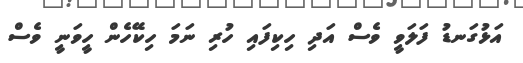
އަޅުގަނޑު ފަލަވީ ވެސް އަދި ހިކިފައި ހުރި ނަމަ ހިކޭހެން ހީވަނީ ވެސް